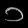
Digit: ၁